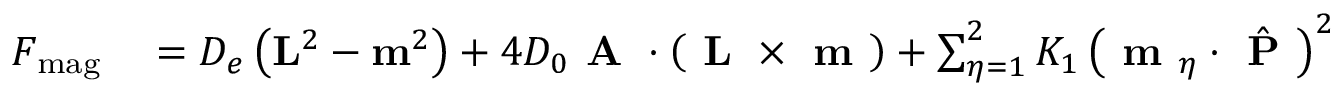
\begin{array} { r l } { F _ { \mathrm { m a g } } } & { { } = D _ { e } \left( \mathbf { L } ^ { 2 } - \mathbf { m } ^ { 2 } \right) + 4 D _ { 0 } \textbf { A } \cdot \left( \textbf { L } \times \textbf { m } \right) + \sum _ { \eta = 1 } ^ { 2 } K _ { 1 } \left( \textbf { m } _ { \eta } \cdot \hat { \textbf { P } } \right) ^ { 2 } } \end{array}